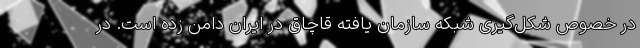
در خصوص شکل‌گیری شبکه سازمان یافته قاچاق در ایران دامن زده است. در